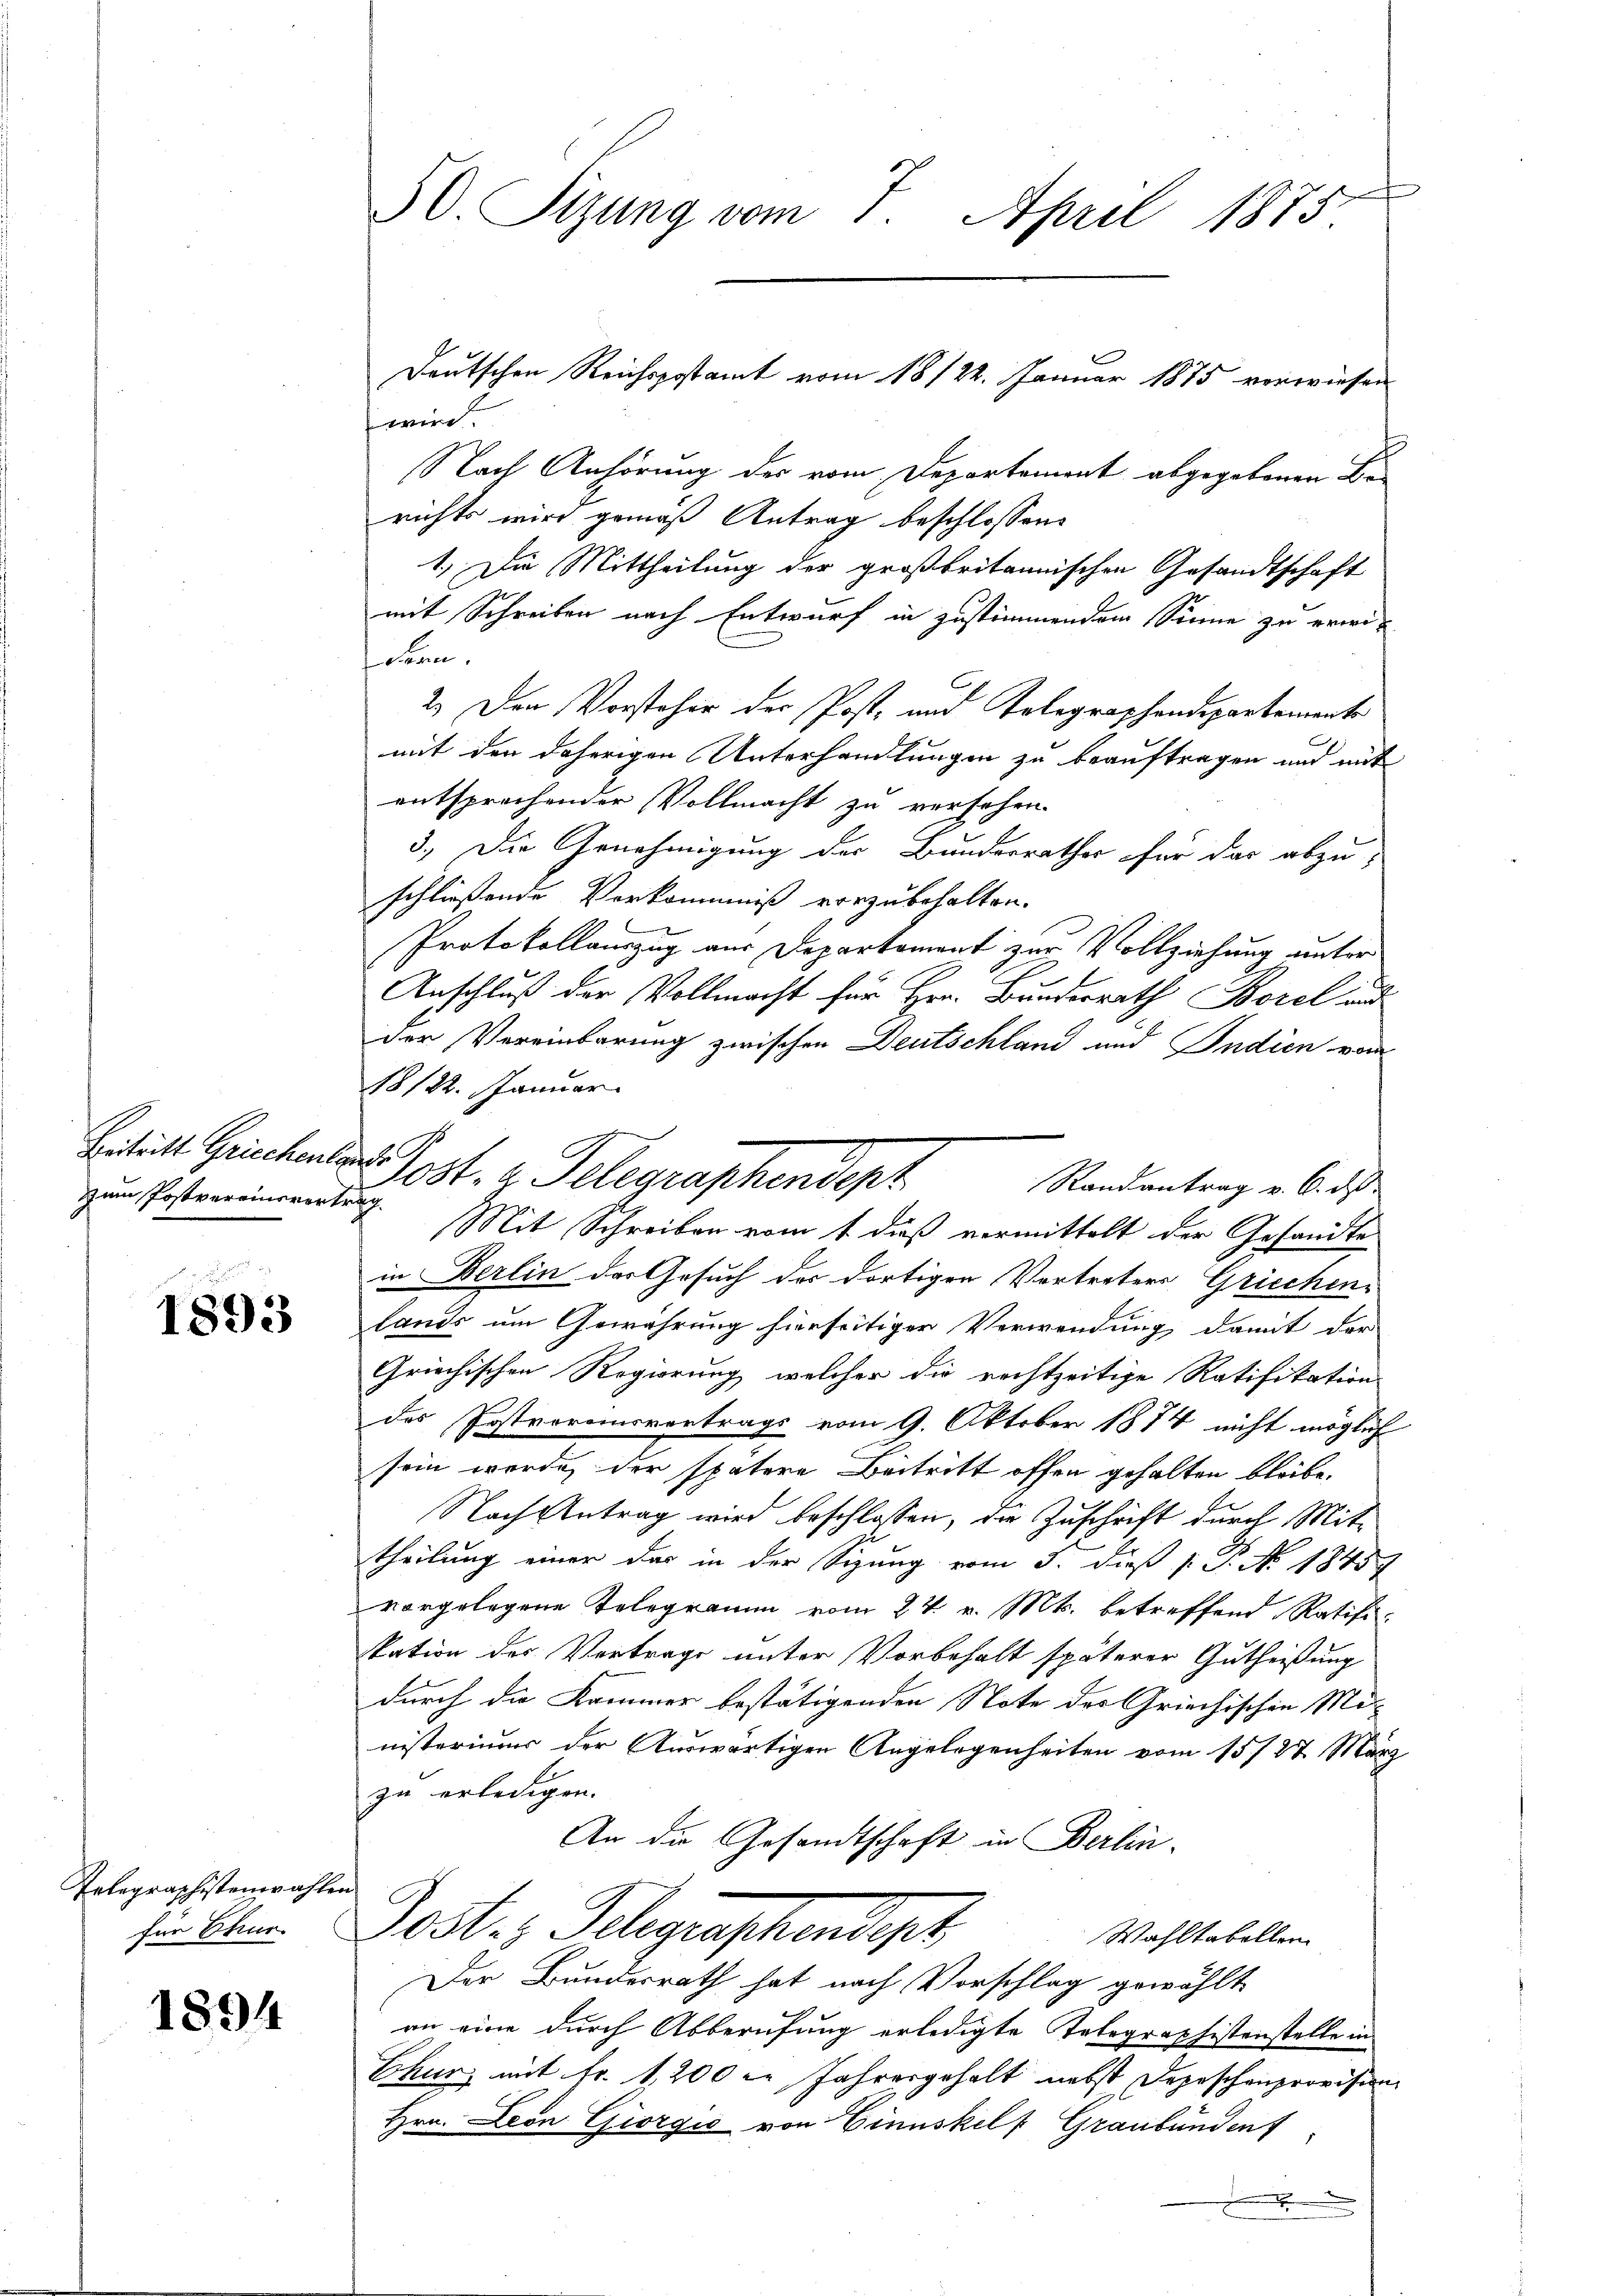
Beitritt Griechenlauf
Zum Postvereinswert.

1893

Telegraphistenwahle
für Chur

1894

50. Sizung vom 7. April 1875.

wird
Nach Anhörung der vom Departement abgegebenen Berichts wird gemäß Antrag beschlossen:
1. Die Mittheilung der großbritannischen Gesandtschaft
mit Schreiben nach Entwurf in zustimmendem Sinne zu erwidern.
2.) Den Vorsteher der Post- und Telegraphendepartemente
mit den daherigen Unterhandlungen zu beauftragen und mit
entsprechender Vollmacht zu versehen.
3.) Die Genehmigung der Bundesrathes für das abzuschließende Verkommniß vorzubehalten.
Protokollauszug aus Departement zur Vollziehung unter
Anschluß der Vollmacht für Hrn. Bundesrath Borel and
der Vereinbarung zwischen Deutschland und Indien vom
18/22. Januar.
Randantrag v. 6. ds.
u
Mit Schreiben vom 1. dieß vermittelt der Gesandte
in Berlin der Gesuch des dortigen Vertreters Griechen-
lands um Gewährung hierseitiger Verwendung damit der
Griechischen Regierung, welcher die rechtzeitige Ratifikation
des Postvorosvortrags vom 9. Oktober 1874 nicht möglich
sein werde, der spätere Beitritt offen gehalten bleibe,
Nach Antrag wird beschlossen, die Zuschrift durch Mit-
theilung einer das in der Sigung vom 3. dieß (: S. No. 1845
vorgelegene Telegramm vom 27. v. Mts. betreffend Ratifi-
kation des Vertrage unter Vorbehalt späterer Gutheißung
durch die Kammer bestätigenden Note der Griechischen Ministeriums der Auswärtigen Angelegenheiten vom 15./27. März
zu erledigen.
An die Gesandtschaft in Berlin-
n
Post. Gelegenschendiget
Wahltabellen
Der Bundesrath hat nach Vorschlag gewählt
an eine durch Abberufung erledigte Tatographistenstelle in
Chur, mit Fr. 1200 l. Jahresgehalt nebst Depeschenprovision
Hrn. Leon Giorgić von Einnskelf Graubünden
.

ost. z. Telegraphendepr

Deutschen Reichspostamt vom 18/22. Januar 1875 verwiesen